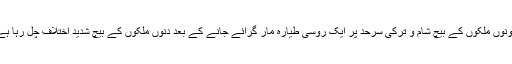
دونوں ملکوں کے بیچ شام و ترکی سرحد پر ایک روسی طیارہ مار گرائے جانے کے بعد دنوں ملکوں کے بیچ شدید اختلاف چل رہا ہے۔